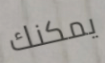
يمكنك